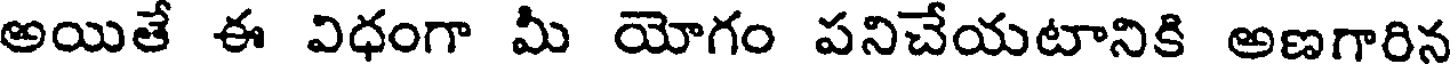
అయితే ఈ విధంగా మీ యోగం పనిచేయటానికి అణగారిన